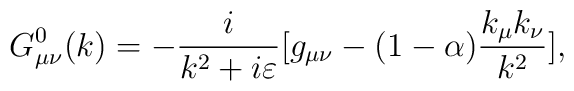
G^{0}_{\mu\nu}(k)=-{i \over k^{2}+i \varepsilon}[g_{\mu \nu}-(1-\alpha){k_\mu k_\nu \over k^{2} }],